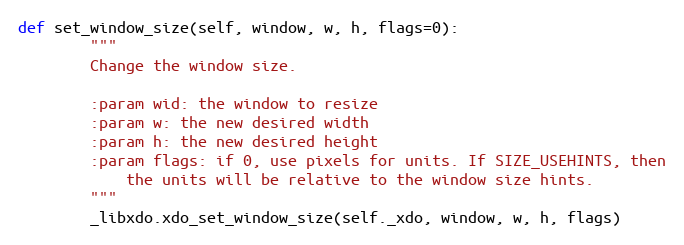
Language: Python
def set_window_size(self, window, w, h, flags=0):
        """
        Change the window size.

        :param wid: the window to resize
        :param w: the new desired width
        :param h: the new desired height
        :param flags: if 0, use pixels for units. If SIZE_USEHINTS, then
            the units will be relative to the window size hints.
        """
        _libxdo.xdo_set_window_size(self._xdo, window, w, h, flags)